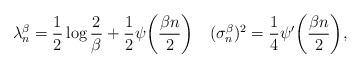
LaTeX: \begin{align*}\lambda_n^\beta=\frac12\log\frac2\beta+\frac12\psi\bigg(\frac{\beta n}2\bigg)\quad(\sigma_n^\beta)^2=\frac14\psi'\bigg(\frac{\beta n}2\bigg),\end{align*}